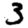
Digit: 3